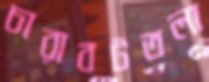
চারাবটতলা